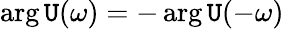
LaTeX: \arg\mathtt{U}(\omega)=-\arg\mathtt{U}(-\omega)